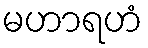
မဟာရဟံ